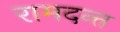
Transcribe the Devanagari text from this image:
रामदन्त